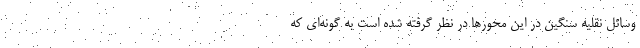
وسائل نقلیه سنگین در این محورها در نظر گرفته شده است به گونه‌ای که